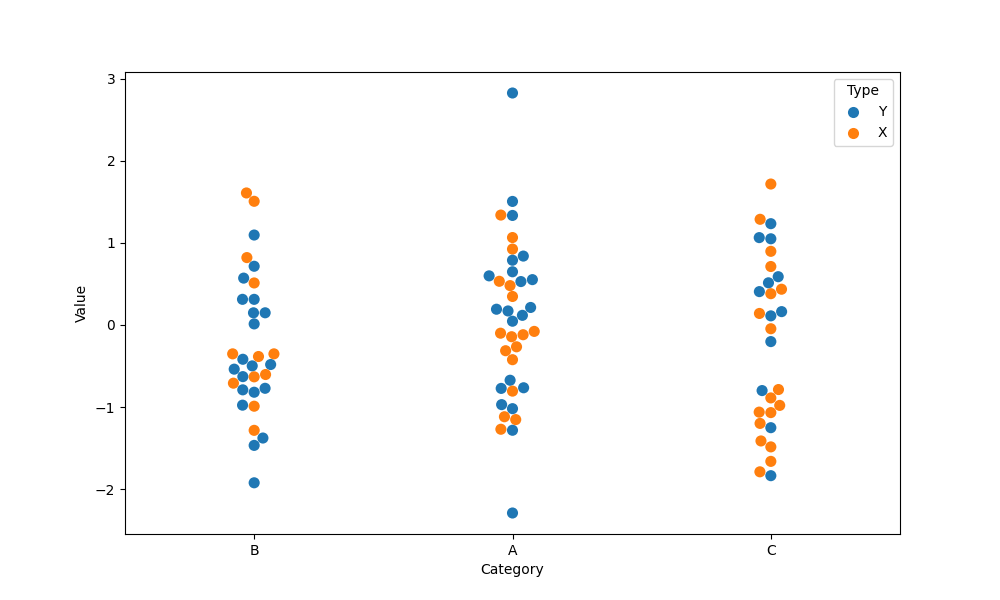
python, seaborn, swarmplot, dodge=False, alpha=1.0, size=8